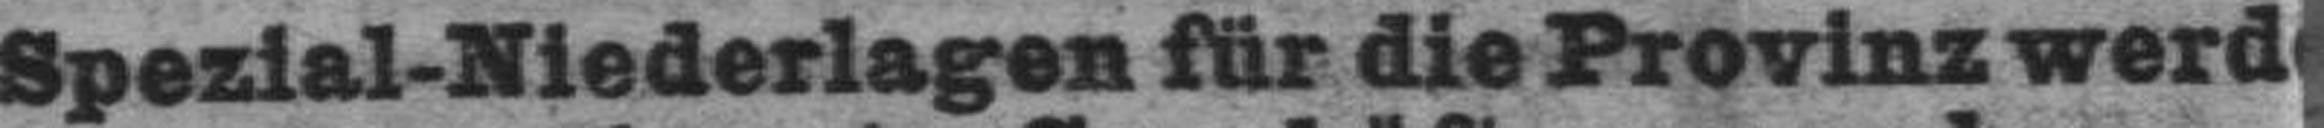
Spezial-Niederlagen für die Provinz werd###